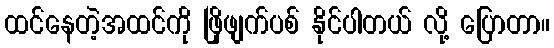
ထင်နေတဲ့အထင်ကို ဖြိုဖျက်ပစ် နိုင်ပါတယ် လို့ ပြောတာ။